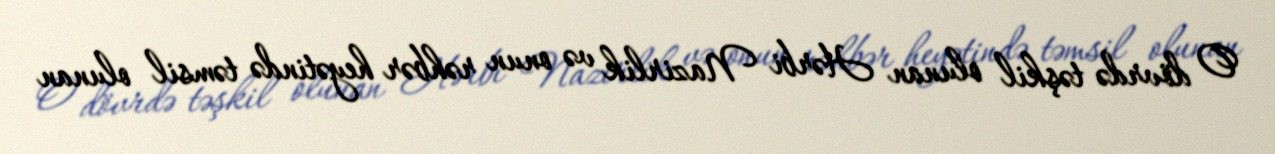
O dövrdə təşkil olunan Hərbi Nazirlik və onun rəhbər heyətində təmsil olunan